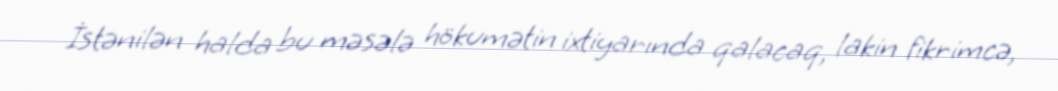
İstənilən halda bu məsələ hökumətin ixtiyarında qalacaq, lakin fikrimcə,